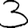
Digit: 3